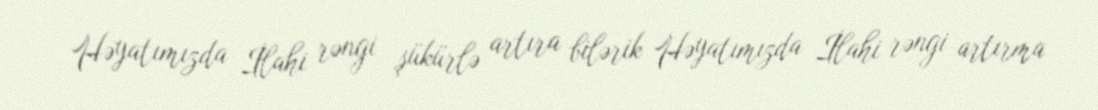
Həyatımızda İlahi rəngi şükürlə artıra bilərik Həyatımızda İlahi rəngi artırma